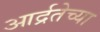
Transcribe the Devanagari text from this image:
आर्द्रतेच्या